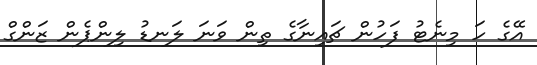
އޭގެ ހަ މިނެޓު ފަހުން ޗައިނާގެ ތިން ވަނަ ލަނޑު ލިންޕެން ޒަންގް